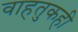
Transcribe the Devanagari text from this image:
वाहतुकही